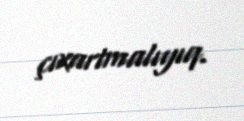
çıxartmalıyıq.